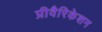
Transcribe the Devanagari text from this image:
प्रीवैरिकेशन